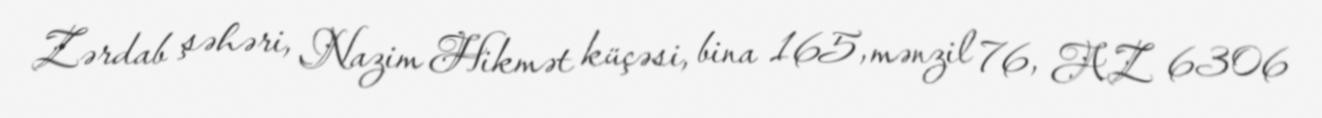
Zərdab şəhəri, Nazim Hikmət küçəsi, bina 165, mənzil 76, AZ 6306